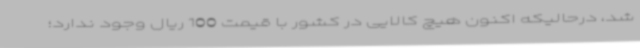
شد، درحالیکه اکنون هیچ کالایی در کشور با قیمت 100 ریال وجود ندارد؛